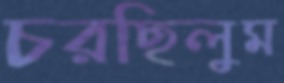
চরছিলুম